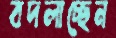
বদলাচ্ছেন